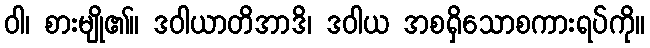
ဝါ၊ စားမျို၏။ ဒဝါယာတိအာဒိ၊ ဒဝါယ အစရှိသောစကားရပ်ကို။